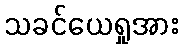
သခင်ယေရှုအား